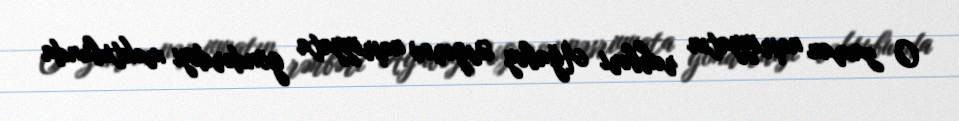
O zaman nəşriyyatın rəhbəri Ağabəy Əsgərov nəşriyyata göndərdiyi məktubunda